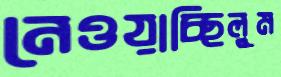
নেওয়াচ্ছিলুম